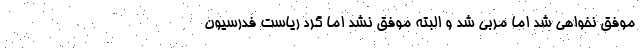
موفق نخواهی شد اما مربی شد و البته موفق نشد اما گِرد ریاست فدرسیون